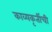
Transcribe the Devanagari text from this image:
काव्यकृतींची